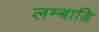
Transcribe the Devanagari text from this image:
लम्बाडि